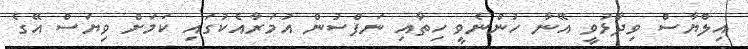
އިލްޔާސް ވިދާޅުވީ އޭނާ ހުންނެވީ ހިތާއި ނަފްސުން އުމަރާއެކުގައި ކަމަށް ވިޔަސް އޭގެ